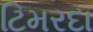
ટિમરદા